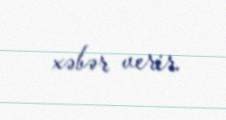
xəbər verir.